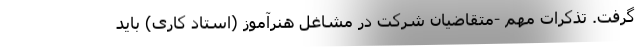
گرفت. تذکرات مهم -متقاضیان شرکت در مشاغل هنرآموز (استاد کاری) باید